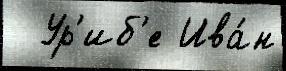
  Ур'иб'е Ива́н